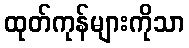
ထုတ်ကုန်များကိုသာ